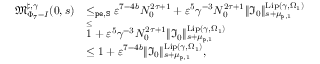
\begin{array} { r l } { \mathfrak { M } _ { \Phi _ { 7 } - I } ^ { \sharp , \gamma } ( 0 , s ) } & { \le _ { \mathtt { p e } , \mathtt { S } } \varepsilon ^ { 7 - 4 b } N _ { 0 } ^ { 2 \tau + 1 } + \varepsilon ^ { 5 } \gamma ^ { - 3 } N _ { 0 } ^ { 2 \tau + 1 } \rVert \mathfrak { I } _ { 0 } \rVert _ { s + \mu _ { \mathtt { p } , 1 } } ^ { \mathrm { L i p } ( \gamma , \Omega _ { 1 } ) } } \\ & { \overset \le 1 + \varepsilon ^ { 5 } \gamma ^ { - 3 } N _ { 0 } ^ { 2 \tau + 1 } \rVert \mathfrak { I } _ { 0 } \rVert _ { s + \mu _ { \mathtt { p } , 1 } } ^ { \mathrm { L i p } ( \gamma , \Omega _ { 1 } ) } } \\ & { \le 1 + \varepsilon ^ { 7 - 4 b } \rVert \mathfrak { I } _ { 0 } \rVert _ { s + \mu _ { \mathtt { p } , 1 } } ^ { \mathrm { L i p } ( \gamma , \Omega _ { 1 } ) } , } \end{array}